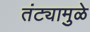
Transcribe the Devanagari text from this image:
तंट्यामुळे